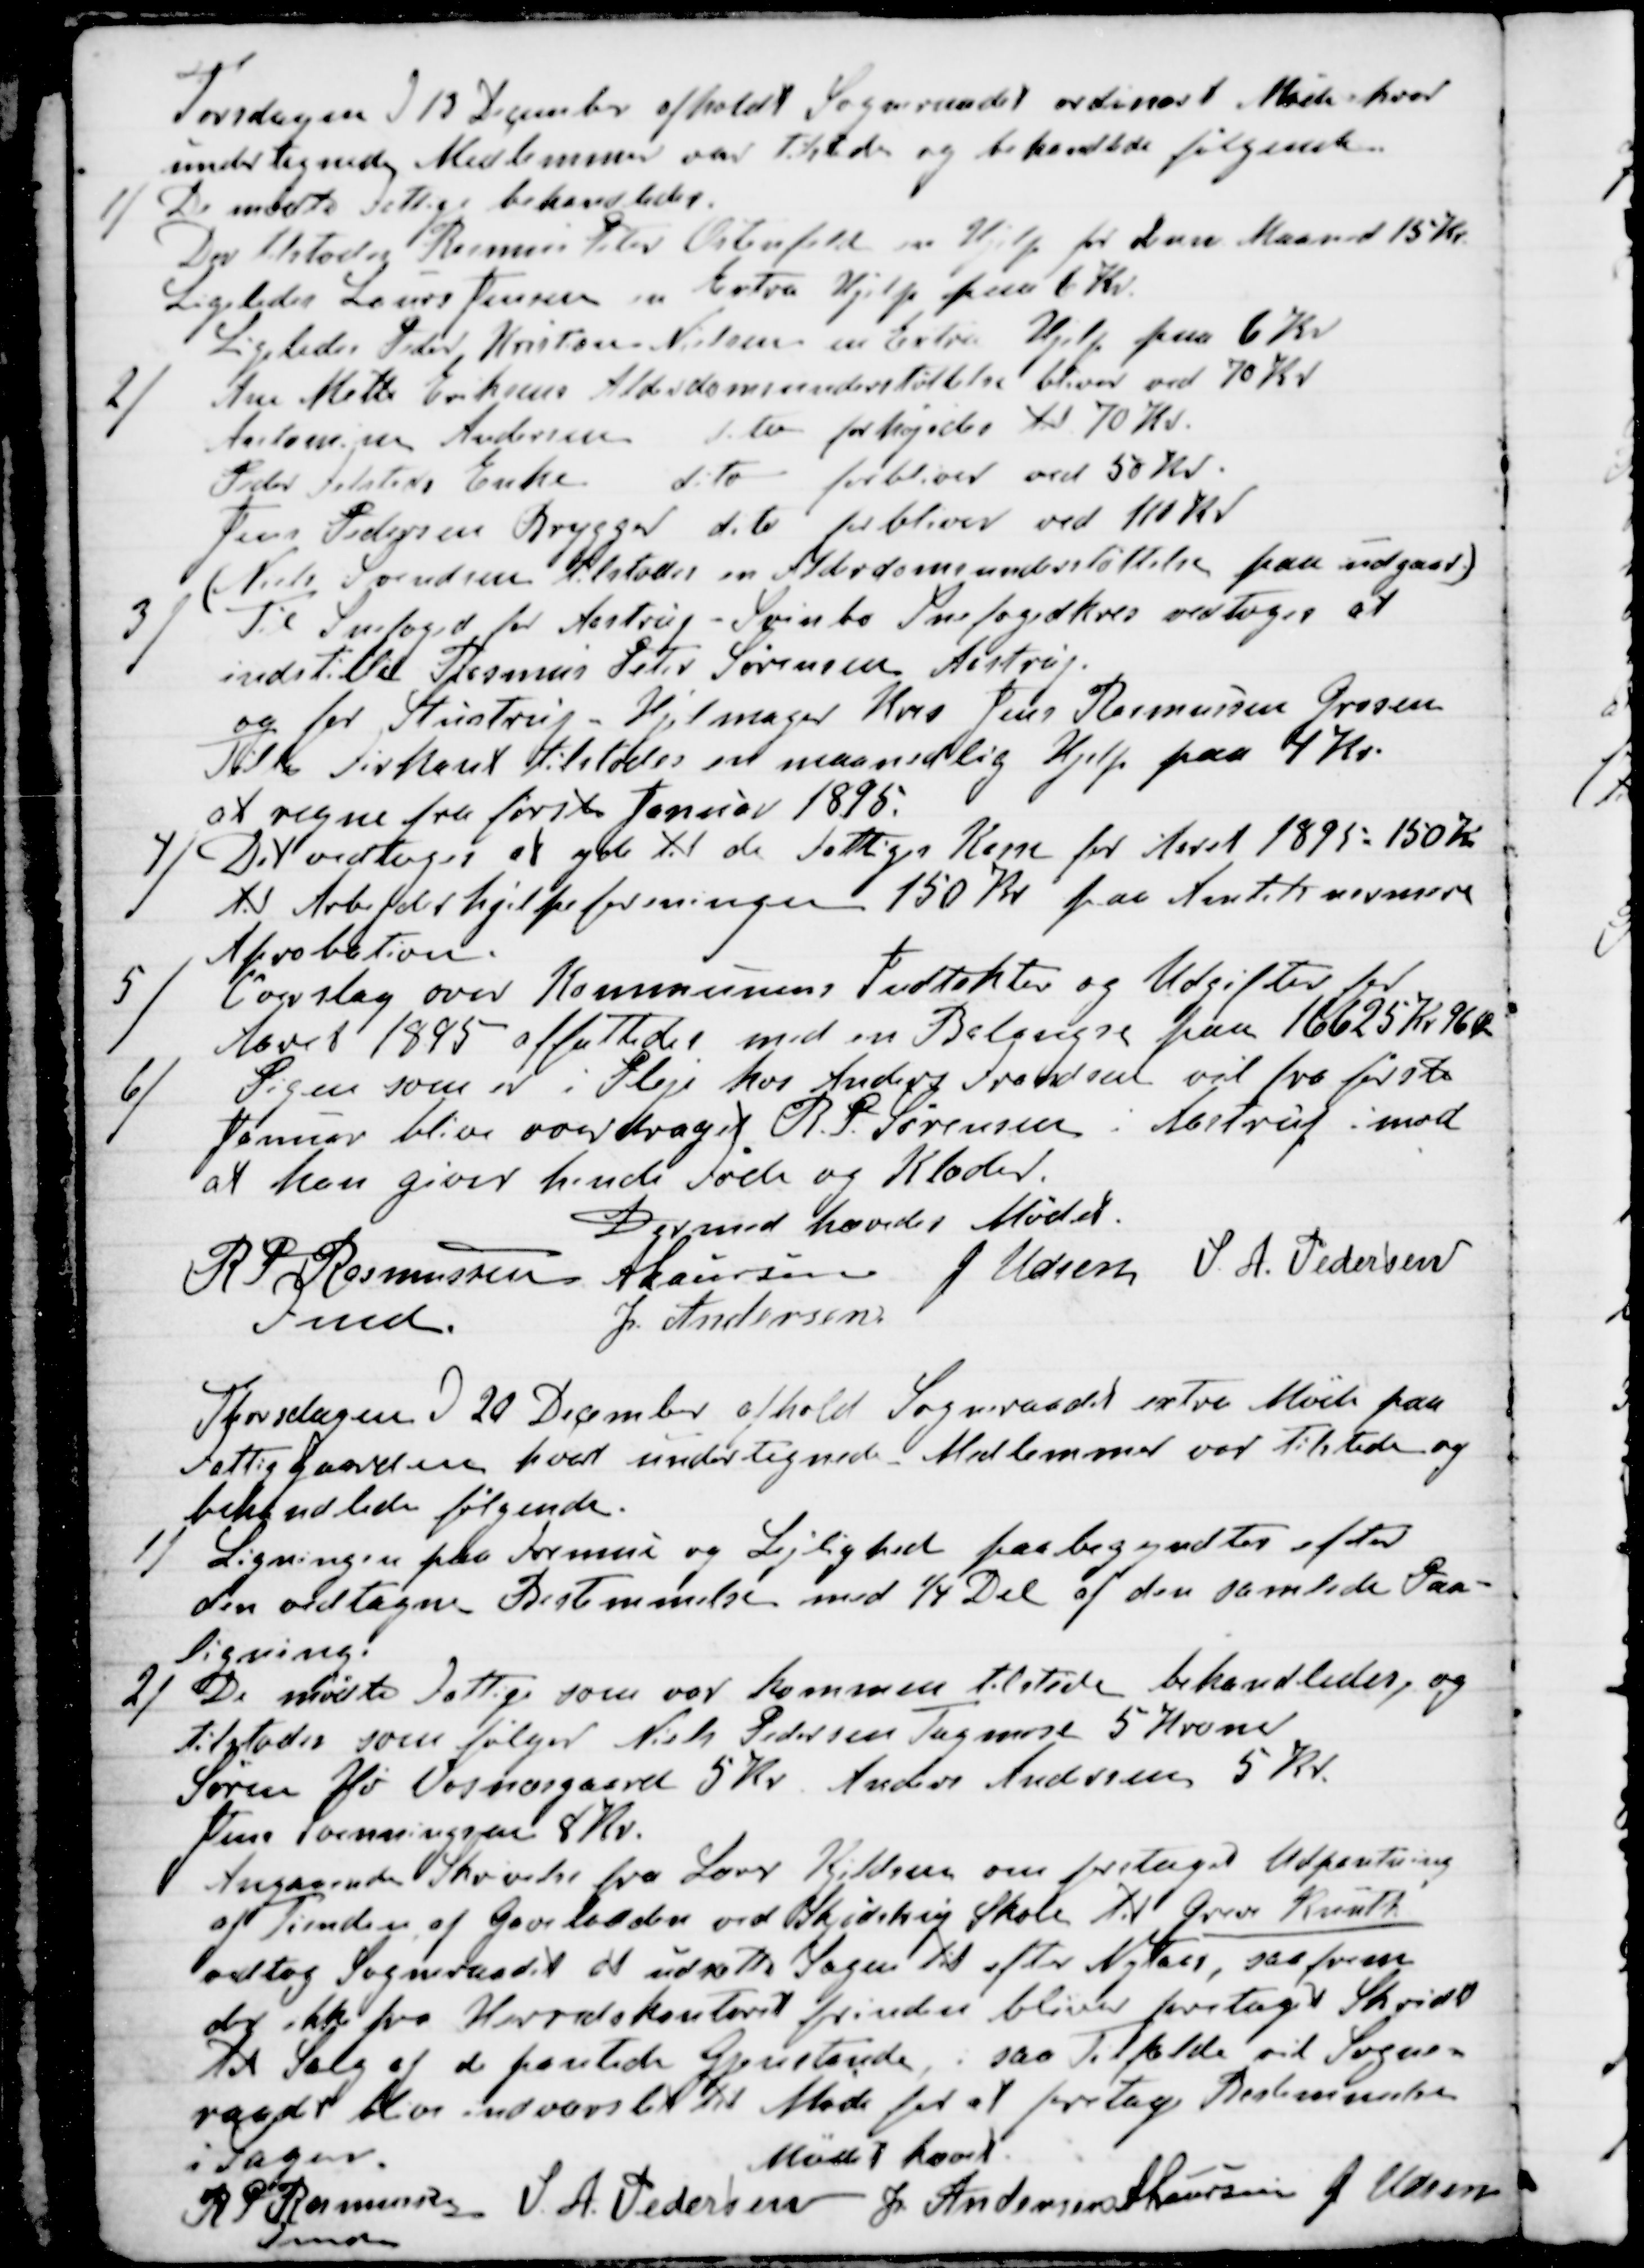
Transskription:
Torsdagen d 13 December afholdt Sogneraadet ordinært Møde hvor
undertegnede Medlemmer var tilstede og behandlede følgende.
1) De mødte Fattige behandledes.
Der tilstodes Rasmus Peter Ostenfeld en Hjelp for denne Maaned 15 Kr.
Ligeledes Laurs Jensen en Extra Hjelp paa 6 Kr.
Ligeledes Peter Kristian Nielsen en Extra Hjelp paa 6 Kr
2) Ane Mette Eriksens Alderdomsunderstøttelse bliver ved 70 Kr
Antomine Andersen dito forhøjedes til 70 Kr.
Peter Felsteds Enke dito forbliver ved 50 Kr.
Jens Petersen Brygger dito forbliver ved 110 Kr
(Niels Sørensen tilstodes en Alderdomsunderstøttelse paa udgast.)
3) Til Snefoged for Aastrup - Svinbo Snefogedkres vedtoges at
indstille Rasmus Peter Sørensen Aastrup.
og for Stustrup - Hjelmager Kres Jens Rasmussen Grosen
Tilde Firkant tilstodes en maanedlig Hjelp paa 4 Kr.
at regne fra første Januar 1895.
Det vedtoges at yde til de Fattiges Kasse for Aaret 1895 - 150 Kr
til Arbejderhjelpeforeningen 150 Kr paa Amtets nærmere
Aprobation.
5) Overslag over Kommunens Indtægter og Udgifter for
Aaret 1895 affattedes med en Balangse paa 16625 Kr 96 Ør
6) Pigen som er i Pleje hos Anders Frandsen vil fra første
Januar blive overdraget R. P. Sørensen i Aastrup imod
at han giver hende Føde og Klæder.
Dermed hævedes Mødet.
R P Rasmussen
Fmd.
A Laursen
J Udsen
S. A. Pedersen
J. Andersen

Thorsdagen d 20 December afhold Sogneraadet extra Møde paa
Fattiggaarden hvor undertegnede Medlemmer var tilstede og
behandlede følgende.
1) Ligningen paa Formue og Lejlighed paabegyndtes efter
den vedtagne Bestemmelse med ¼ Del af den samlede Paa-
ligning.
2) De mødte Fattige som var kommen tilstede behandledes, og
tilstodes som følger Niels Pedersen Tagmose 5 Kroner
Søren Ho Vosnæsgaard 5 Kr. Anders Andersen 5 Kr.
Jens Svenningsen 8 Kr.
Angaaende Skrivelse fra Lærer Kjeldsen om foretaget Udpantning
af Tiende af Gavelodden ved Skjødstrup Skole til Greve Knuth
vedtog Sogneraadet at udsætte Sagen til efter Nytaar, saafrem
der ikke fra Herredskontoret forinden bliver foretaget Skridt
til Salg af de pantede Gjenstande, i saa Tilfælde vil Sogne=
raadet blive indvarslet til Møde for at foretage Bestemmelse
i Sagen.
Mødet hævet.
R P Rasmussen
Fmd
S. A. Pedersen
J Andersen
A Laursen
J Udsen